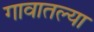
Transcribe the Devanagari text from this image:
गावातल्‍या